Annual report of the Punjab Veterinary College and of the Civil Veterinary Department, Punjab - 1926-1932
Year: 1926
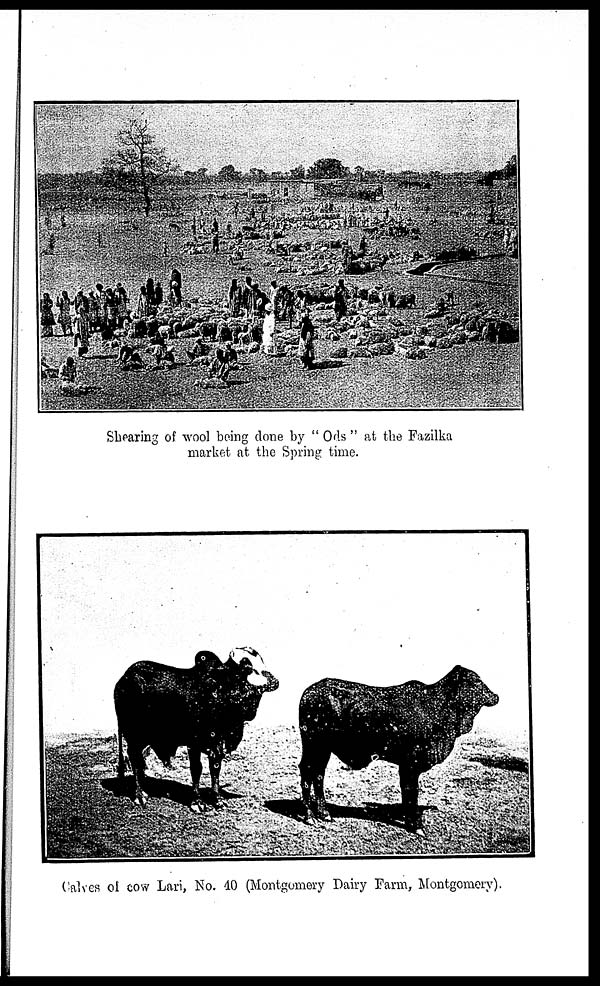
Shearing of wool being done by "Ods" at the Fazilka
market at the Spring time.
Calves of cow Lari, No. 40 (Montgomery Dairy Farm, Montgomery).